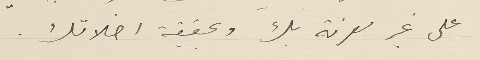
على غير معرفة بك وبحقيقة اخلاقك.